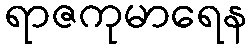
ရာဇကုမာရေန